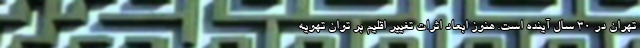
تهران در ۳۰ سال آینده است. هنوز ابعاد اثرات تغییر اقلیم بر توان تهویه